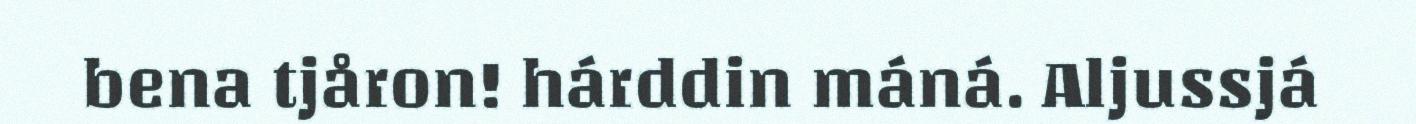
bena tjåron! hárddin máná. Aljussjá